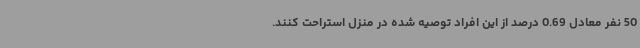
50 نفر معادل 0.69 درصد از این افراد توصیه شده در منزل استراحت کنند.